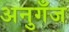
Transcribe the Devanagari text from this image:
अनुगँज